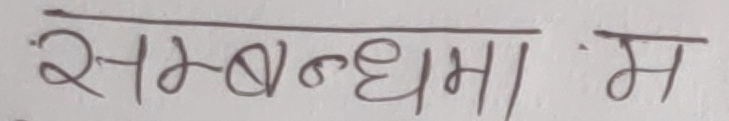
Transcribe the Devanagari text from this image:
सम्बन्धमा म